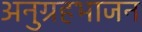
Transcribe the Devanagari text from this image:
अनुग्रहभाजन